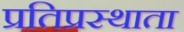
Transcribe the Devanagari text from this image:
प्रतिप्रस्थाता